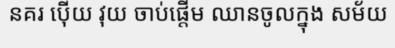
នគរ ប៉ើយ វុយ ចាប់ផ្តើម ឈានចូលក្នុង សម័យ